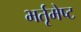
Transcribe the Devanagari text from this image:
भर्तृमेष्ट